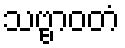
သဗ္ဗာဝတံ